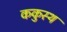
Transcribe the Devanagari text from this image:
ककुस्थ